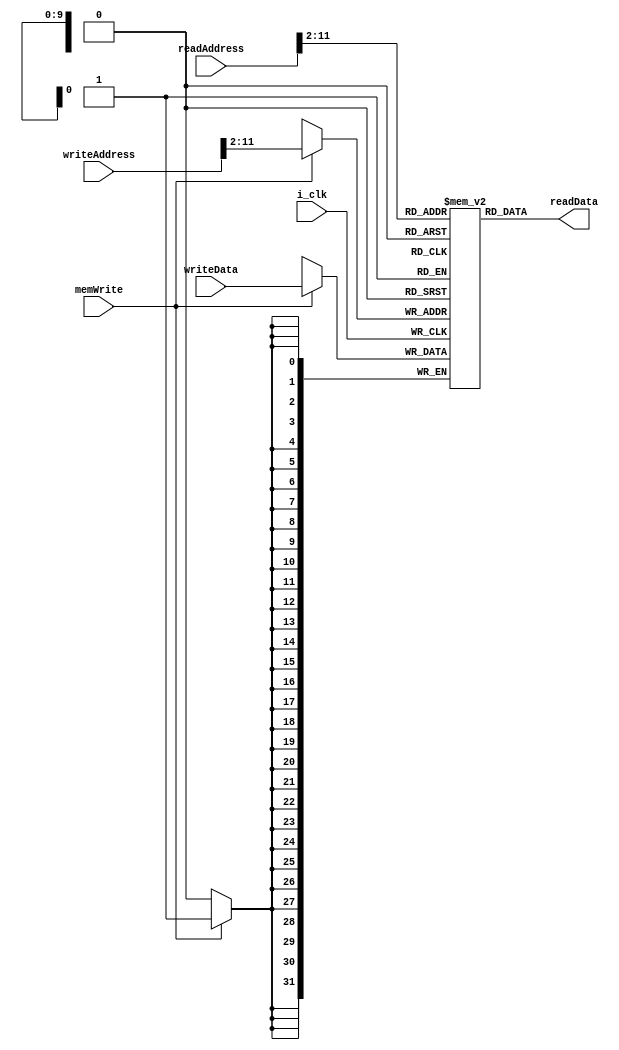
module dataMemory(
input          i_clk,
input   [31:0] readAddress,
input   [31:0] writeAddress,
input   [31:0] writeData,
output  [31:0] readData,
input          memWrite
);

integer i;

reg [31:0] mem [1023:0];
initial
begin
	for (i = 0; i< 1024; i=i+1)
	begin
		mem[i]=8'h00000000;
	end
end
assign readData = mem[readAddress[31:2]];


always @(posedge i_clk)
begin
    if(memWrite)
         mem[writeAddress[31:2]] <= writeData;
end


endmodule